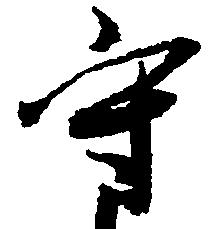
守